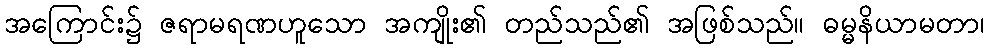
အကြောင်း၌ ဇရာမရဏဟူသော အကျိုး၏ တည်သည်၏ အဖြစ်သည်။ ဓမ္မနိယာမတာ၊